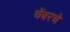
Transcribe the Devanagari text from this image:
चेंबरचे